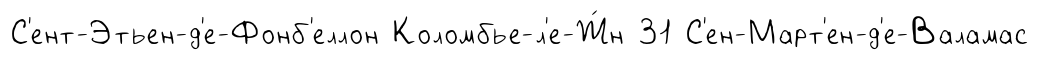
С'ент-Этьен-д'е-Фонб'еллон Коломбье-л'е-Ж́н 31 С'ен-Март'ен-д'е-Валамас